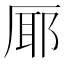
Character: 𭆊